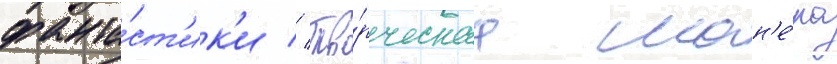
фанта́ст'ик'и // Тво́рческаа ман'е́ра